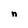
Character: n